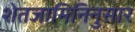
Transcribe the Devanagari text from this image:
शेतजामिनिनुसार